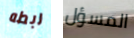
ربطه المسؤل